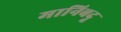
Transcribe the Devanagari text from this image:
मानिबदू